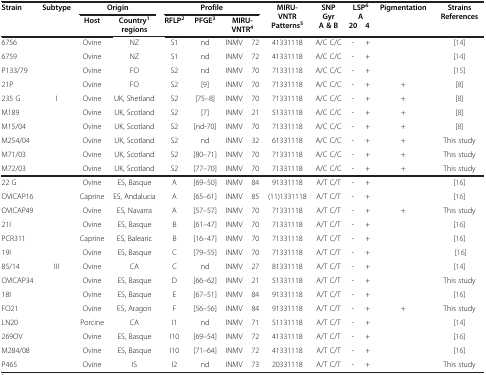
<table><thead><tr><td rowspan="2"><b>Strain</b></td><td rowspan="2"><b>Subtype</b></td><td colspan="2"><b>Origin</b></td><td colspan="4"><b>Profile</b></td><td rowspan="2"><b>MIRU-VNTR Patterns<sup>5</sup></b></td><td rowspan="2"><b>SNP Gyr A &amp; B</b></td><td rowspan="2" colspan="2"><b>LSP<sup>6</sup>A20 4</b></td><td rowspan="2"><b>Pigmentation</b></td><td rowspan="2"><b>Strains References</b></td></tr><tr><td><b>Host</b></td><td><b>Country<sup>1</sup>regions</b></td><td><b>RFLP<sup>2</sup></b></td><td><b>PFGE<sup>3</sup></b></td><td colspan="2"><b>MIRU-VNTR<sup>4</sup></b></td></tr></thead><tbody><tr><td>6756</td><td> </td><td>Ovine</td><td>NZ</td><td>S1</td><td>nd</td><td>INMV</td><td>72</td><td>41331118</td><td>A/C C/C</td><td>-</td><td>+</td><td> </td><td>[14]</td></tr><tr><td>6759</td><td> </td><td>Ovine</td><td>NZ</td><td>S1</td><td>nd</td><td>INMV</td><td>72</td><td>41331118</td><td>A/C C/C</td><td>-</td><td>+</td><td> </td><td>[14]</td></tr><tr><td>P133/79</td><td> </td><td>Ovine</td><td>FO</td><td>S2</td><td>nd</td><td>INMV</td><td>70</td><td>71331118</td><td>A/C C/C</td><td>-</td><td>+</td><td> </td><td>[15]</td></tr><tr><td>21P</td><td> </td><td>Ovine</td><td>FO</td><td>S2</td><td>[9]</td><td>INMV</td><td>70</td><td>71331118</td><td>A/C C/C</td><td>-</td><td>+</td><td>+</td><td>[8]</td></tr><tr><td>235 G</td><td>I</td><td>Ovine</td><td>UK, Shetland</td><td>S2</td><td>[75–8]</td><td>INMV</td><td>70</td><td>71331118</td><td>A/C C/C</td><td>-</td><td>+</td><td>+</td><td>[8]</td></tr><tr><td>M189</td><td> </td><td>Ovine</td><td>UK, Scotland</td><td>S2</td><td>[7]</td><td>INMV</td><td>21</td><td>51331118</td><td>A/C C/C</td><td>-</td><td>+</td><td>+</td><td>[8]</td></tr><tr><td>M15/04</td><td> </td><td>Ovine</td><td>UK, Scotland</td><td>S2</td><td>[nd-70]</td><td>INMV</td><td>70</td><td>71331118</td><td>A/C C/C</td><td>-</td><td>+</td><td>+</td><td>[8]</td></tr><tr><td>M254/04</td><td> </td><td>Ovine</td><td>UK, Scotland</td><td>S2</td><td>nd</td><td>INMV</td><td>32</td><td>61331118</td><td>A/C C/C</td><td>-</td><td>+</td><td>+</td><td>This study</td></tr><tr><td>M71/03</td><td> </td><td>Ovine</td><td>UK, Scotland</td><td>S2</td><td>[80–71]</td><td>INMV</td><td>70</td><td>71331118</td><td>A/C C/C</td><td>-</td><td>+</td><td>+</td><td>This study</td></tr><tr><td>M72/03</td><td> </td><td>Ovine</td><td>UK, Scotland</td><td>S2</td><td>[77–70]</td><td>INMV</td><td>70</td><td>71331118</td><td>A/C C/C</td><td>-</td><td>+</td><td>+</td><td>This study</td></tr><tr><td>22 G</td><td> </td><td>Ovine</td><td>ES, Basque</td><td>A</td><td>[69–50]</td><td>INMV</td><td>84</td><td>91331118</td><td>A/T C/T</td><td>-</td><td>+</td><td> </td><td>[16]</td></tr><tr><td>OVICAP16</td><td> </td><td>Caprine</td><td>ES, Andalucia</td><td>A</td><td>[65–61]</td><td>INMV</td><td>85</td><td>(11)1331118</td><td>A/T C/T</td><td>-</td><td>+</td><td> </td><td>[16]</td></tr><tr><td>OVICAP49</td><td> </td><td>Ovine</td><td>ES, Navarra</td><td>A</td><td>[57–57]</td><td>INMV</td><td>70</td><td>71331118</td><td>A/T C/T</td><td>-</td><td>+</td><td>+</td><td>This study</td></tr><tr><td>21I</td><td> </td><td>Ovine</td><td>ES, Basque</td><td>B</td><td>[61–47]</td><td>INMV</td><td>70</td><td>71331118</td><td>A/T C/T</td><td>-</td><td>+</td><td> </td><td>[16]</td></tr><tr><td>PCR311</td><td> </td><td>Caprine</td><td>ES, Balearic</td><td>B</td><td>[16–47]</td><td>INMV</td><td>70</td><td>71331118</td><td>A/T C/T</td><td>-</td><td>+</td><td> </td><td>[16]</td></tr><tr><td>19I</td><td> </td><td>Ovine</td><td>ES, Basque</td><td>C</td><td>[79–55]</td><td>INMV</td><td>70</td><td>71331118</td><td>A/T C/T</td><td>-</td><td>+</td><td> </td><td>[16]</td></tr><tr><td>85/14</td><td>III</td><td>Ovine</td><td>CA</td><td>C</td><td>nd</td><td>INMV</td><td>27</td><td>81331118</td><td>A/T C/T</td><td>-</td><td>+</td><td> </td><td>[14]</td></tr><tr><td>OVICAP34</td><td> </td><td>Ovine</td><td>ES, Basque</td><td>D</td><td>[66–62]</td><td>INMV</td><td>21</td><td>51331118</td><td>A/T C/T</td><td>-</td><td>+</td><td> </td><td>This study</td></tr><tr><td>18I</td><td> </td><td>Ovine</td><td>ES, Basque</td><td>E</td><td>[67–51]</td><td>INMV</td><td>84</td><td>91331118</td><td>A/T C/T</td><td>-</td><td>+</td><td> </td><td>[16]</td></tr><tr><td>FO21</td><td> </td><td>Ovine</td><td>ES, Aragon</td><td>F</td><td>[56–56]</td><td>INMV</td><td>84</td><td>91331118</td><td>A/T C/T</td><td>-</td><td>+</td><td>+</td><td>This study</td></tr><tr><td>LN20</td><td> </td><td>Porcine</td><td>CA</td><td>I1</td><td>nd</td><td>INMV</td><td>71</td><td>51131118</td><td>A/T C/T</td><td>-</td><td>+</td><td> </td><td>[14]</td></tr><tr><td>269OV</td><td> </td><td>Ovine</td><td>ES, Basque</td><td>I10</td><td>[69–54]</td><td>INMV</td><td>72</td><td>41331118</td><td>A/T C/T</td><td>-</td><td>+</td><td> </td><td>[16]</td></tr><tr><td>M284/08</td><td> </td><td>Ovine</td><td>ES, Basque</td><td>I10</td><td>[71–64]</td><td>INMV</td><td>72</td><td>41331118</td><td>A/T C/T</td><td>-</td><td>+</td><td> </td><td>[16]</td></tr><tr><td>P465</td><td> </td><td>Ovine</td><td>IS</td><td>I2</td><td>nd</td><td>INMV</td><td>73</td><td>20331118</td><td>A/T C/T</td><td>-</td><td>+</td><td> </td><td>This study</td></tr></tbody></table>